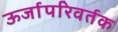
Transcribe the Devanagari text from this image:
ऊर्जापरिवर्तक